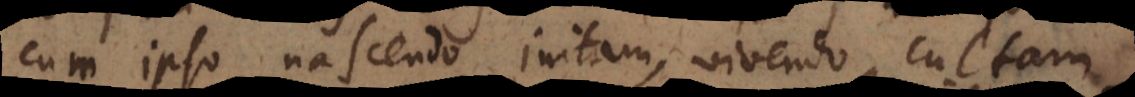
cum ipso nascendo initam, vivendo cultam